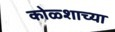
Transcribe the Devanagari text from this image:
कोळ्शाच्या